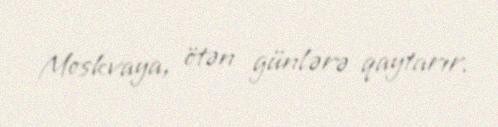
Moskvaya, ötən günlərə qaytarır.